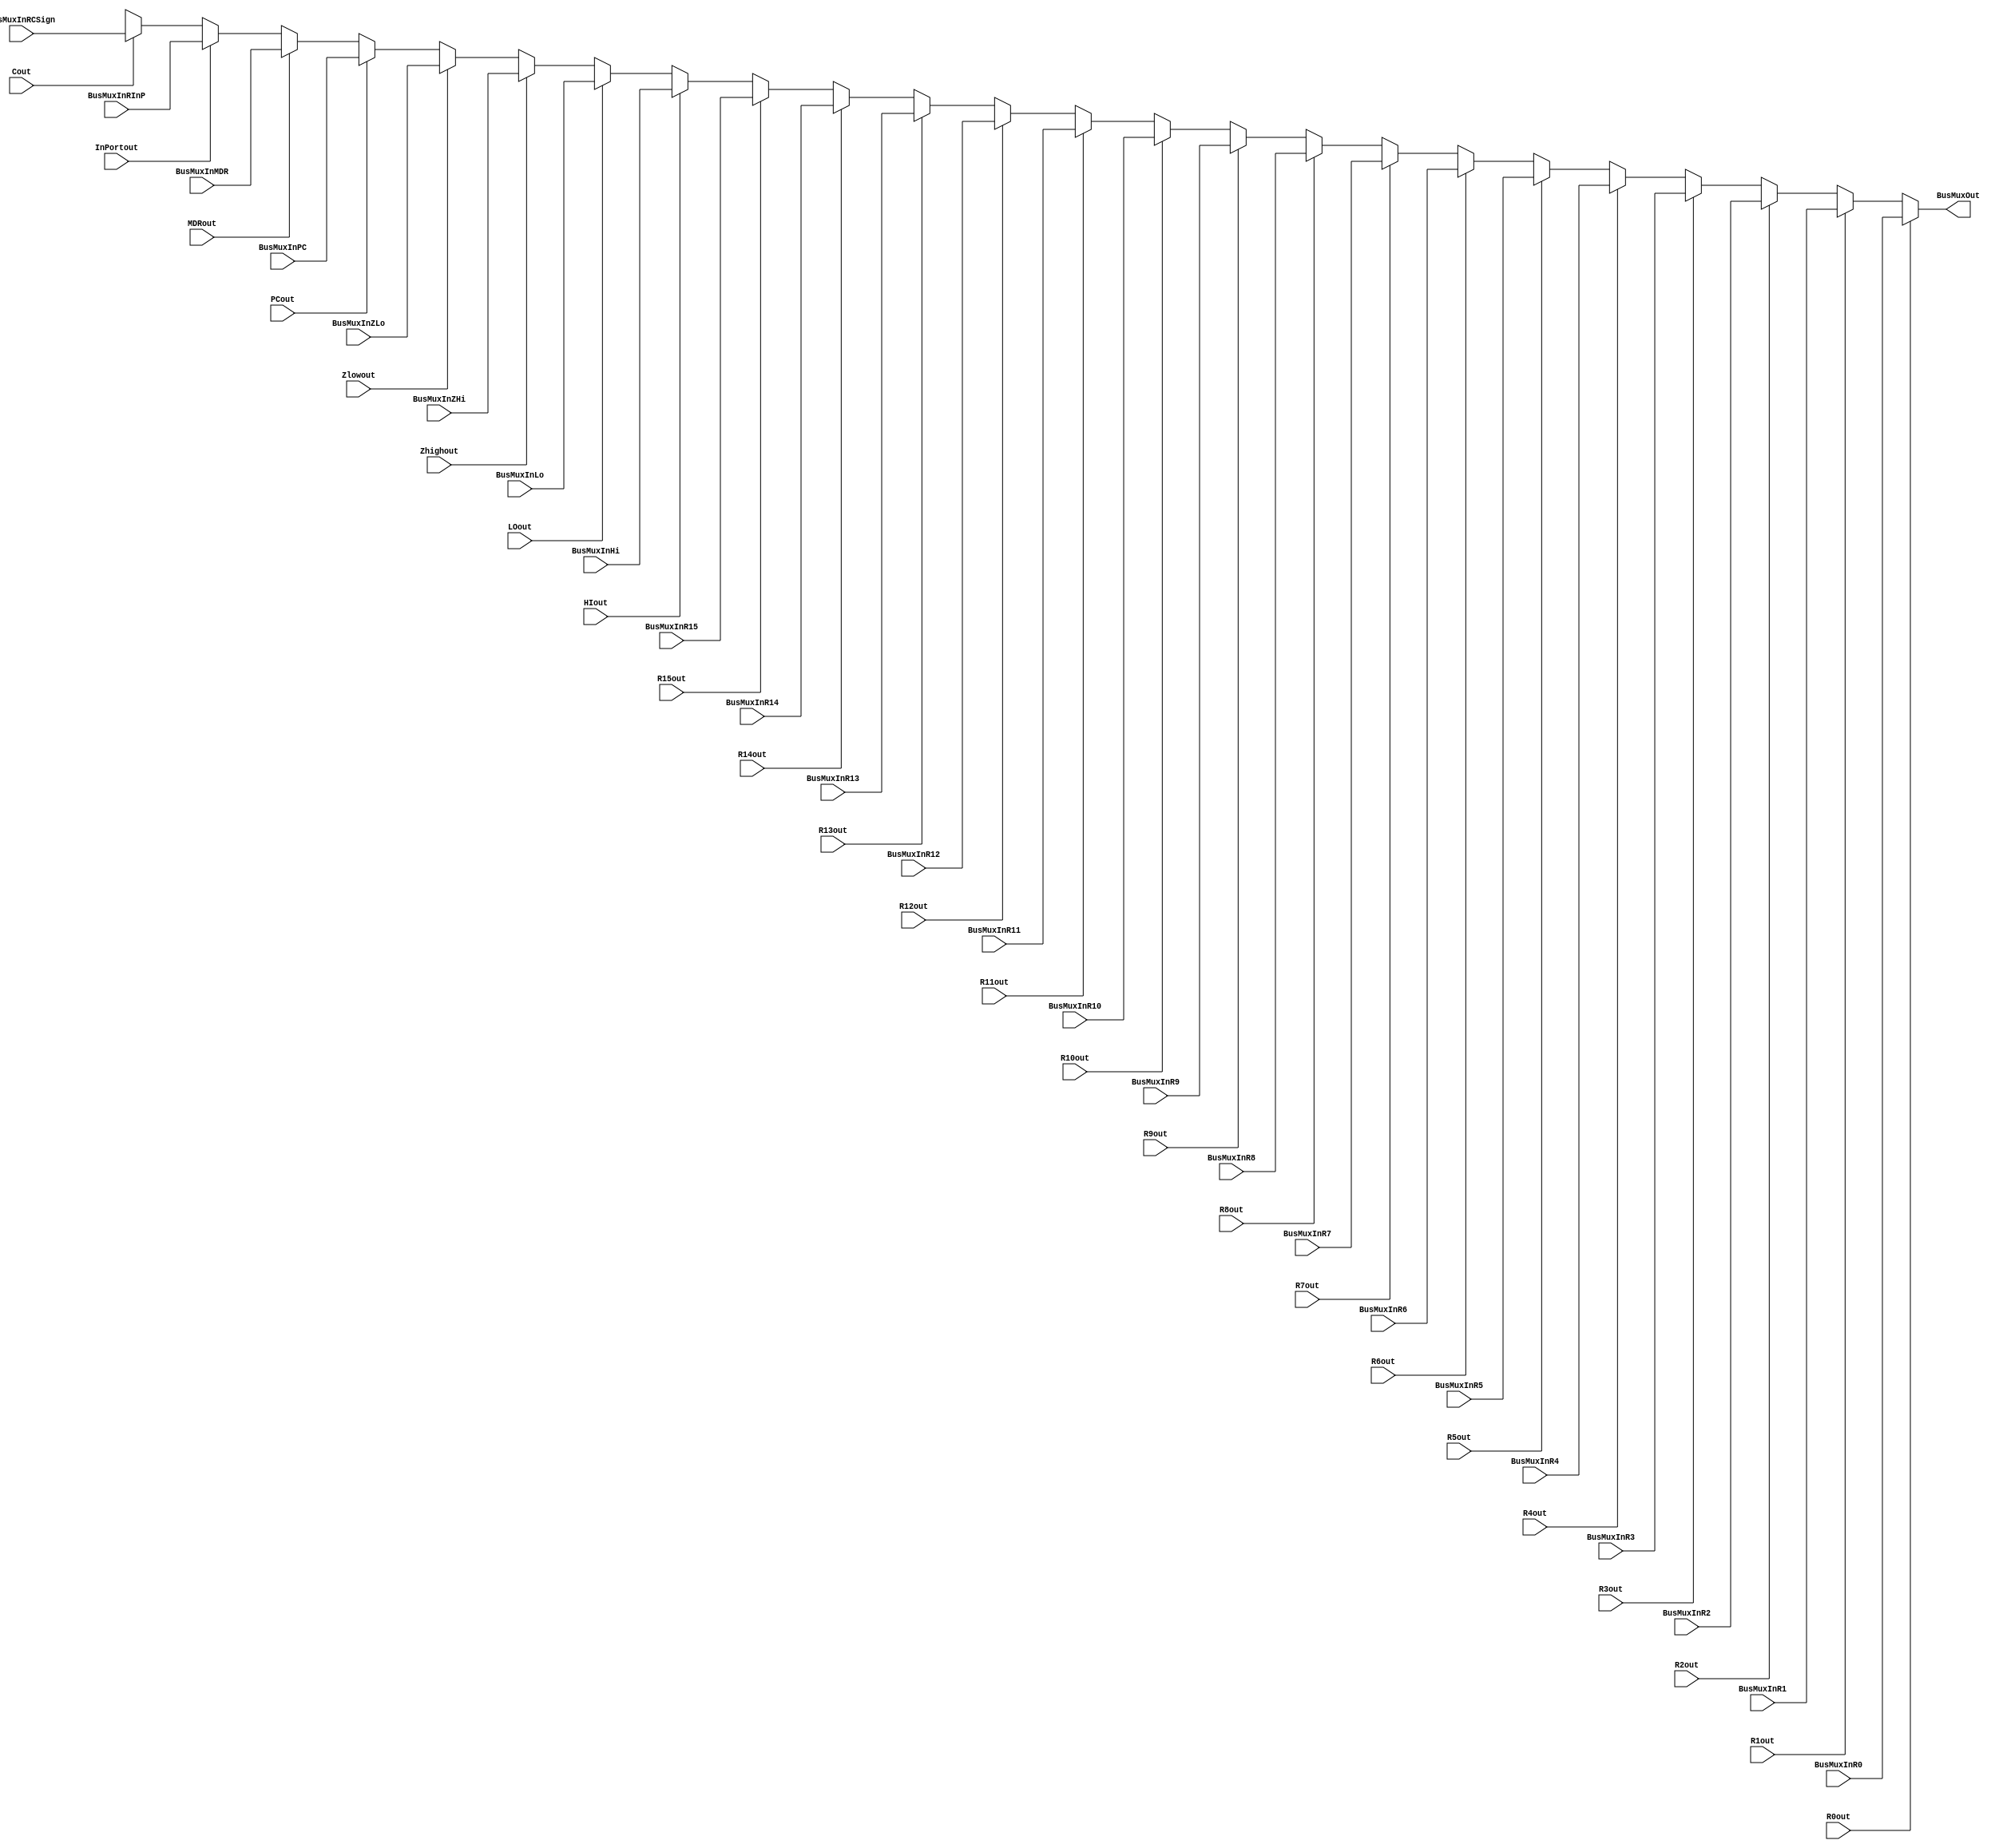
module bus(input [31:0] BusMuxInR0, input [31:0] BusMuxInR1, input [31:0] BusMuxInR2, input [31:0] BusMuxInR3,input [31:0] BusMuxInR4,input [31:0] BusMuxInR5,input [31:0] BusMuxInR6,input [31:0] BusMuxInR7,input [31:0] BusMuxInR8,input [31:0] BusMuxInR9,input [31:0] BusMuxInR10,
input [31:0] BusMuxInR11,input [31:0] BusMuxInR12,input [31:0] BusMuxInR13,input [31:0] BusMuxInR14,input [31:0] BusMuxInR15,input [31:0] BusMuxInHi,input [31:0] BusMuxInLo,input [31:0] BusMuxInZHi,input [31:0] BusMuxInZLo,input [31:0] BusMuxInPC,
input [31:0] BusMuxInMDR,input [31:0] BusMuxInRInP,input [31:0] BusMuxInRCSign, input R0out, input R1out,input R2out,input R3out,input R4out,input R5out,input R6out,input R7out,input R8out,input R9out,input R10out,input R11out,input R12out,
input R13out,input R14out,input R15out,input HIout,input LOout,input Zhighout,input Zlowout,input PCout, input MDRout,input InPortout,input Cout, output [31:0] BusMuxOut);

reg [31:0] out;

always @ (BusMuxInR0 or BusMuxInR1 or BusMuxInR2 or BusMuxInR3 or BusMuxInR4 or BusMuxInR5 or BusMuxInR6 or BusMuxInR7 or BusMuxInR8 or BusMuxInR9 or BusMuxInR10 or BusMuxInR11 or BusMuxInR12 or BusMuxInR13 or BusMuxInR14 or BusMuxInR15 or BusMuxInHi or BusMuxInLo or BusMuxInZHi or BusMuxInZLo or BusMuxInPC or BusMuxInMDR or BusMuxInRInP or BusMuxInRCSign or R2out or R4out or MDRout) begin  
	if(R0out) begin
		out = BusMuxInR0;
	end
	else if(R1out) begin
		out = BusMuxInR1;
	end
	else if(R2out) begin
		out = BusMuxInR2;
	end
	else if(R3out) begin
		out = BusMuxInR3;
	end
	else if(R4out) begin
		out = BusMuxInR4;
	end
	else if(R5out) begin
		out = BusMuxInR5;
	end
	else if(R6out) begin
		out = BusMuxInR6;
	end
	else if(R7out) begin
		out = BusMuxInR7;
	end
	else if(R8out) begin
		out = BusMuxInR8;
	end
	else if(R9out) begin
		out = BusMuxInR9;
	end
	else if(R10out) begin
		out = BusMuxInR10;
	end
	else if(R11out) begin
		out = BusMuxInR11;
	end
	else if(R12out) begin
		out = BusMuxInR12;
	end
	else if(R13out)begin
		out = BusMuxInR13;
	end
	else if(R14out)begin
		out = BusMuxInR14;
	end
	else if(R15out)begin
		out = BusMuxInR15;
	end
	else if(HIout)begin
		out = BusMuxInHi;
	end
	else if(LOout)begin
		out = BusMuxInLo;
	end
	else if(Zhighout)begin
		out = BusMuxInZHi;
	end
	else if(Zlowout)begin
		out = BusMuxInZLo;
	end
	else if(PCout)begin
		out = BusMuxInPC;
	end
	else if(MDRout)begin
		out = BusMuxInMDR;
	end
	else if(InPortout)begin
		out = BusMuxInRInP;
	end
	else if(Cout) begin
		out =  BusMuxInRCSign;
	end
	else begin
		out = 32'bx;
	end
end
assign BusMuxOut = out;
endmodule